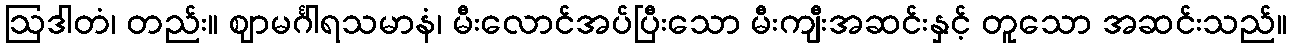
ဩဒါတံ၊ တည်း။ ဈာမင်္ဂါရသမာနံ၊ မီးလောင်အပ်ပြီးသော မီးကျီးအဆင်းနှင့် တူသော အဆင်းသည်။